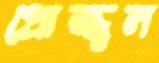
প্রোজ্জ্বল